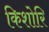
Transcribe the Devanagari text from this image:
किशोरि